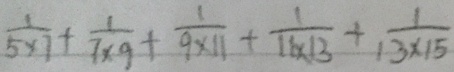
\frac { 1 } { 5 \times 7 } + \frac { 1 } { 7 \times 9 } + \frac { 1 } { 9 \times 1 1 } + \frac { 1 } { 1 1 \times 1 3 } + \frac { 1 } { 1 3 \times 1 5 }